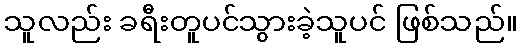
သူလည်း ခရီးတူပင်သွားခဲ့သူပင် ဖြစ်သည်။